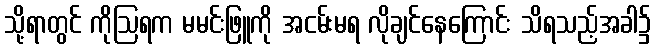
သို့ရာတွင် ကိုဩရက မမင်းဖြူကို အငမ်းမရ လိုချင်နေကြောင်း သိရသည့်အခါ၌